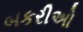
બકરીઅો